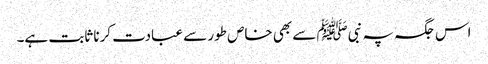
اس جگہ پہ نبیﷺ سے بھی خاص طور سے عبادت کرنا ثابت ہے۔